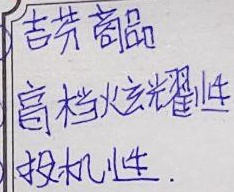
吉芬商品、高档炫耀性投机性